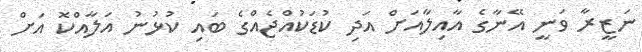
ނަޒީރާ ވަނީ އޭނާގެ އާއިލާއަށް އަދި ކުޑަކުއްޖެއްގެ ބައި ކުޅުނު އަލާއްކޮ އަށް